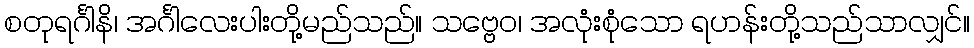
စတုရင်္ဂါနိ၊ အင်္ဂါလေးပါးတို့မည်သည်။ သဗ္ဗေဝ၊ အလုံးစုံသော ရဟန်းတို့သည်သာလျှင်။